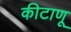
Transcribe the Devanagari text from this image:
कीटाणू